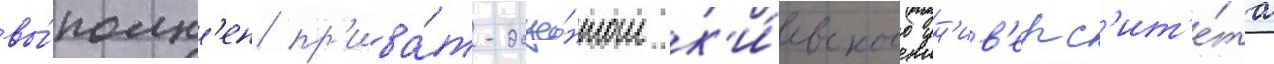
вы́полн'ен пр'ива́т-доце́нтом к'и́евского ун'ив'ерс'ит'е́та